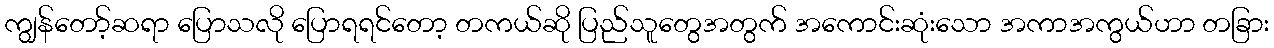
ကျွန်တော့်ဆရာ ပြောသလို ပြောရရင်တော့ တကယ်ဆို ပြည်သူတွေအတွက် အကောင်းဆုံးသော အကာအကွယ်ဟာ တခြား